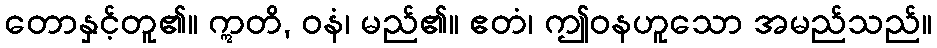
တောနှင့်တူ၏။ ဣတိ, ဝနံ၊ မည်၏။ ဧတံ၊ ဤဝနဟူသော အမည်သည်။